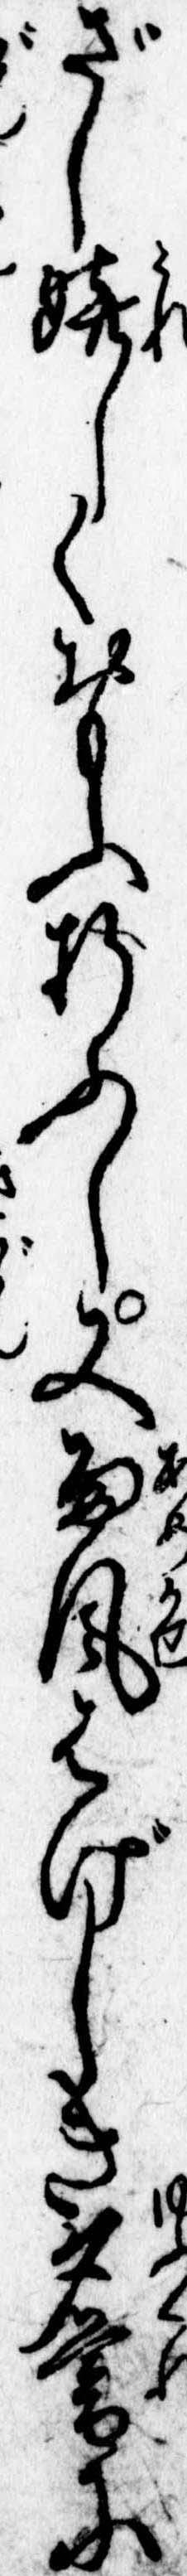
ざし嬉しくおもふ折ふし又雨風はげしき夕暮に